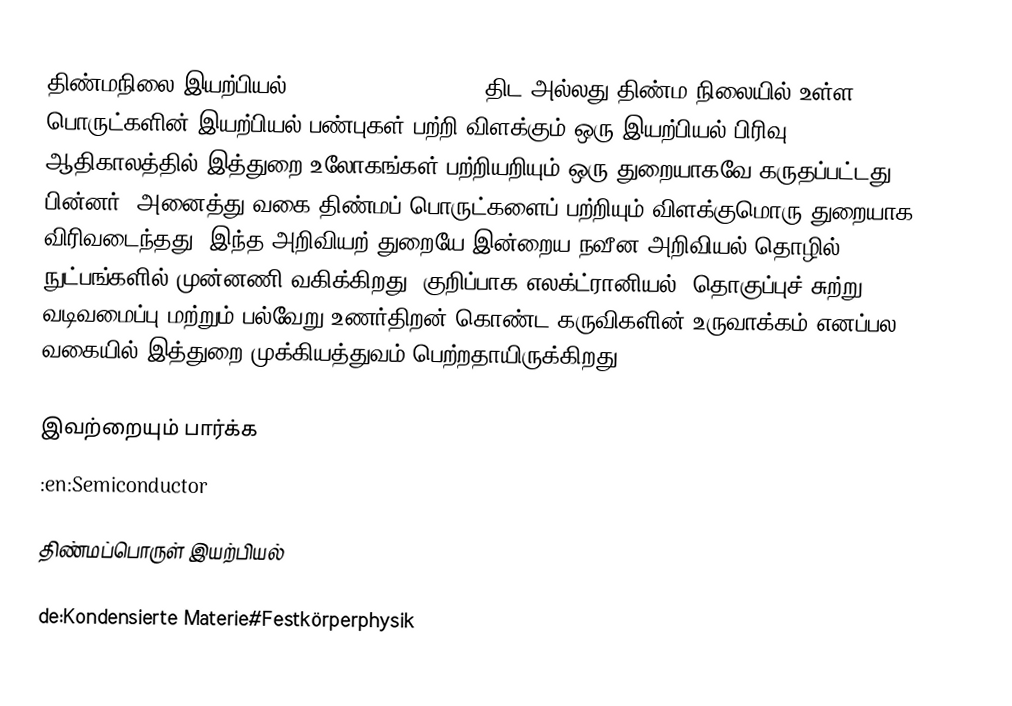
திண்மநிலை இயற்பியல் (Solid state physics) திட அல்லது திண்ம நிலையில் உள்ள பொருட்களின் இயற்பியல் பண்புகள் பற்றி விளக்கும் ஒரு இயற்பியல் பிரிவு. ஆதிகாலத்தில் இத்துறை உலோகங்கள் பற்றியறியும் ஒரு துறையாகவே கருதப்பட்டது, பின்னர், அனைத்து வகை திண்மப் பொருட்களைப் பற்றியும் விளக்குமொரு துறையாக விரிவடைந்தது. இந்த அறிவியற் துறையே இன்றைய நவீன அறிவியல் தொழில் நுட்பங்களில் முன்னணி வகிக்கிறது. குறிப்பாக எலக்ட்ரானியல், தொகுப்புச் சுற்று வடிவமைப்பு மற்றும் பல்வேறு உணர்திறன் கொண்ட கருவிகளின் உருவாக்கம் எனப்பல வகையில் இத்துறை முக்கியத்துவம் பெற்றதாயிருக்கிறது.

இவற்றையும் பார்க்க
 :en:Semiconductor

திண்மப்பொருள் இயற்பியல்

de:Kondensierte Materie#Festkörperphysik